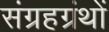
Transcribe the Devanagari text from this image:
संग्रहग्रंथों